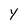
Character: y